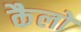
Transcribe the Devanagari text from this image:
कैलों